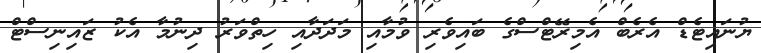
ޔުނައިޓެޑް އެރެބް އެމިރޭޓްސްގެ ބައިވެރި ވުމާއި މަދަދާއި ހިތްވަރު ދިނުމާ އެކު ޒައިނިސްޓް